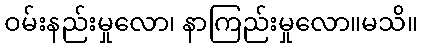
ဝမ်းနည်းမှုလော၊ နာကြည်းမှုလော။မသိ။